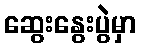
ဆွေးနွေးပွဲမှာ